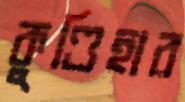
কুণ্ডিহার